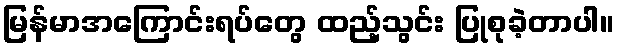
မြန်မာအကြောင်းရပ်တွေ ထည့်သွင်း ပြုစုခဲ့တာပါ။